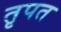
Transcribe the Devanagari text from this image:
तृपत